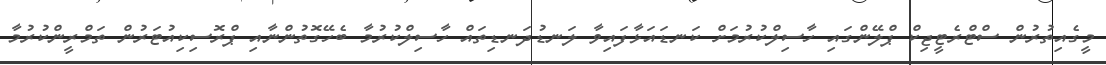
މީގެއިތުރުން ސްޓްރެޓީޖިކް ޕްލޭންގައި ހާސިލްކުރުމަށް ކަނޑައަޅާފައިވާ ލަނޑުދަނޑިތައް ހާސިލްކުރުމާ ބެހޭގޮތުންނާއި ޕްރޮސިކިއުޓަރުން ތަމްރީންކުރުމާ